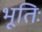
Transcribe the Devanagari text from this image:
भूतिः